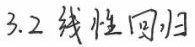
3.2 线性回归